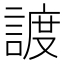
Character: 𧩧